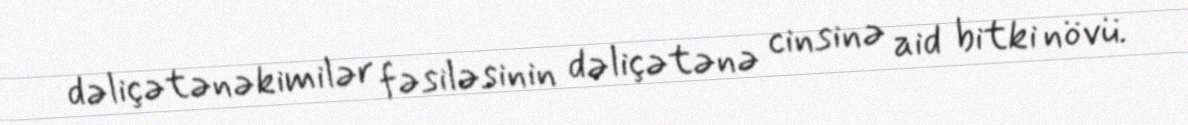
dəliçətənəkimilər fəsiləsinin dəliçətənə cinsinə aid bitki növü.